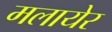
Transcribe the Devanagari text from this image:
मलायेर